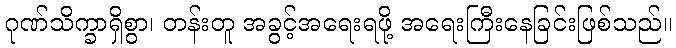
ဂုဏ်သိက္ခာရှိစွာ၊ တန်းတူ အခွင့်အရေးရဖို့ အရေးကြီးနေခြင်းဖြစ်သည်။